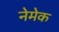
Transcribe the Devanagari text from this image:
नेमेक